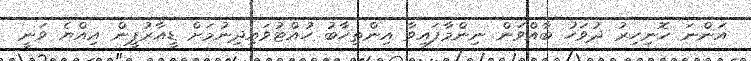
އަންނަ ހޮނިހިރު ދުވަހު ބާއްވަން ނިންމާފައިވާ އިންތިހާބު ހުއްޓުވައިދިނުމަށް ޑީއާރުޕީން އިއްޔެ ވަނީ